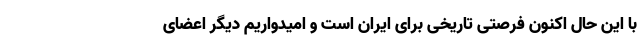
با این حال اکنون فرصتی تاریخی برای ایران است و امیدواریم دیگر اعضای